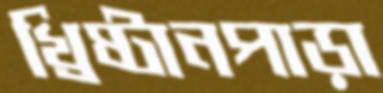
খ্রিষ্টানপাড়া